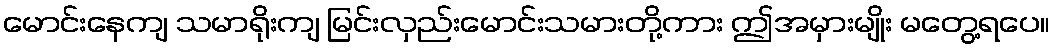
မောင်းနေကျ သမာရိုးကျ မြင်းလှည်းမောင်းသမားတို့ကား ဤအမှားမျိုး မတွေ့ရပေ။